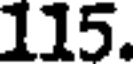
115.